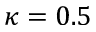
\kappa = 0 . 5